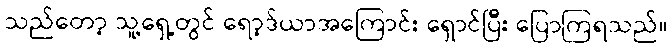
သည်တော့ သူ့ရှေ့တွင် ရော့ဒ်ယာအကြောင်း ရှောင်ပြီး ပြောကြရသည်။